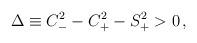
LaTeX: \begin{align*} \Delta \equiv C_-^2-C_+^2-S_+^2>0\,,\end{align*}